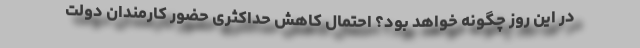
در این روز چگونه خواهد بود؟ احتمال کاهش حداکثری حضور کارمندان دولت